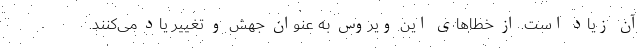
آن زیاد است. از خطاهای این ویروس به عنوان جهش و تغییر یاد می‌کنند.